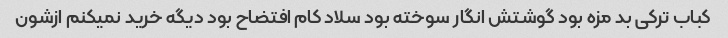
کباب ترکی بد مزه بود گوشتش انگار سوخته بود سلاد کام افتضاح بود دیگه خرید نمیکنم ازشون